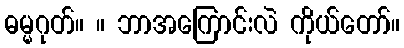
ဓမ္မဂုတ်။ ။ ဘာအကြောင်းလဲ ကိုယ်တော်။